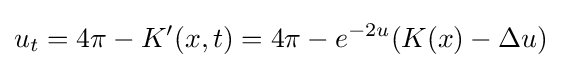
u_{t}=4\pi -K'(x,t)=4\pi -e^{-2u}(K(x)-\Delta u)